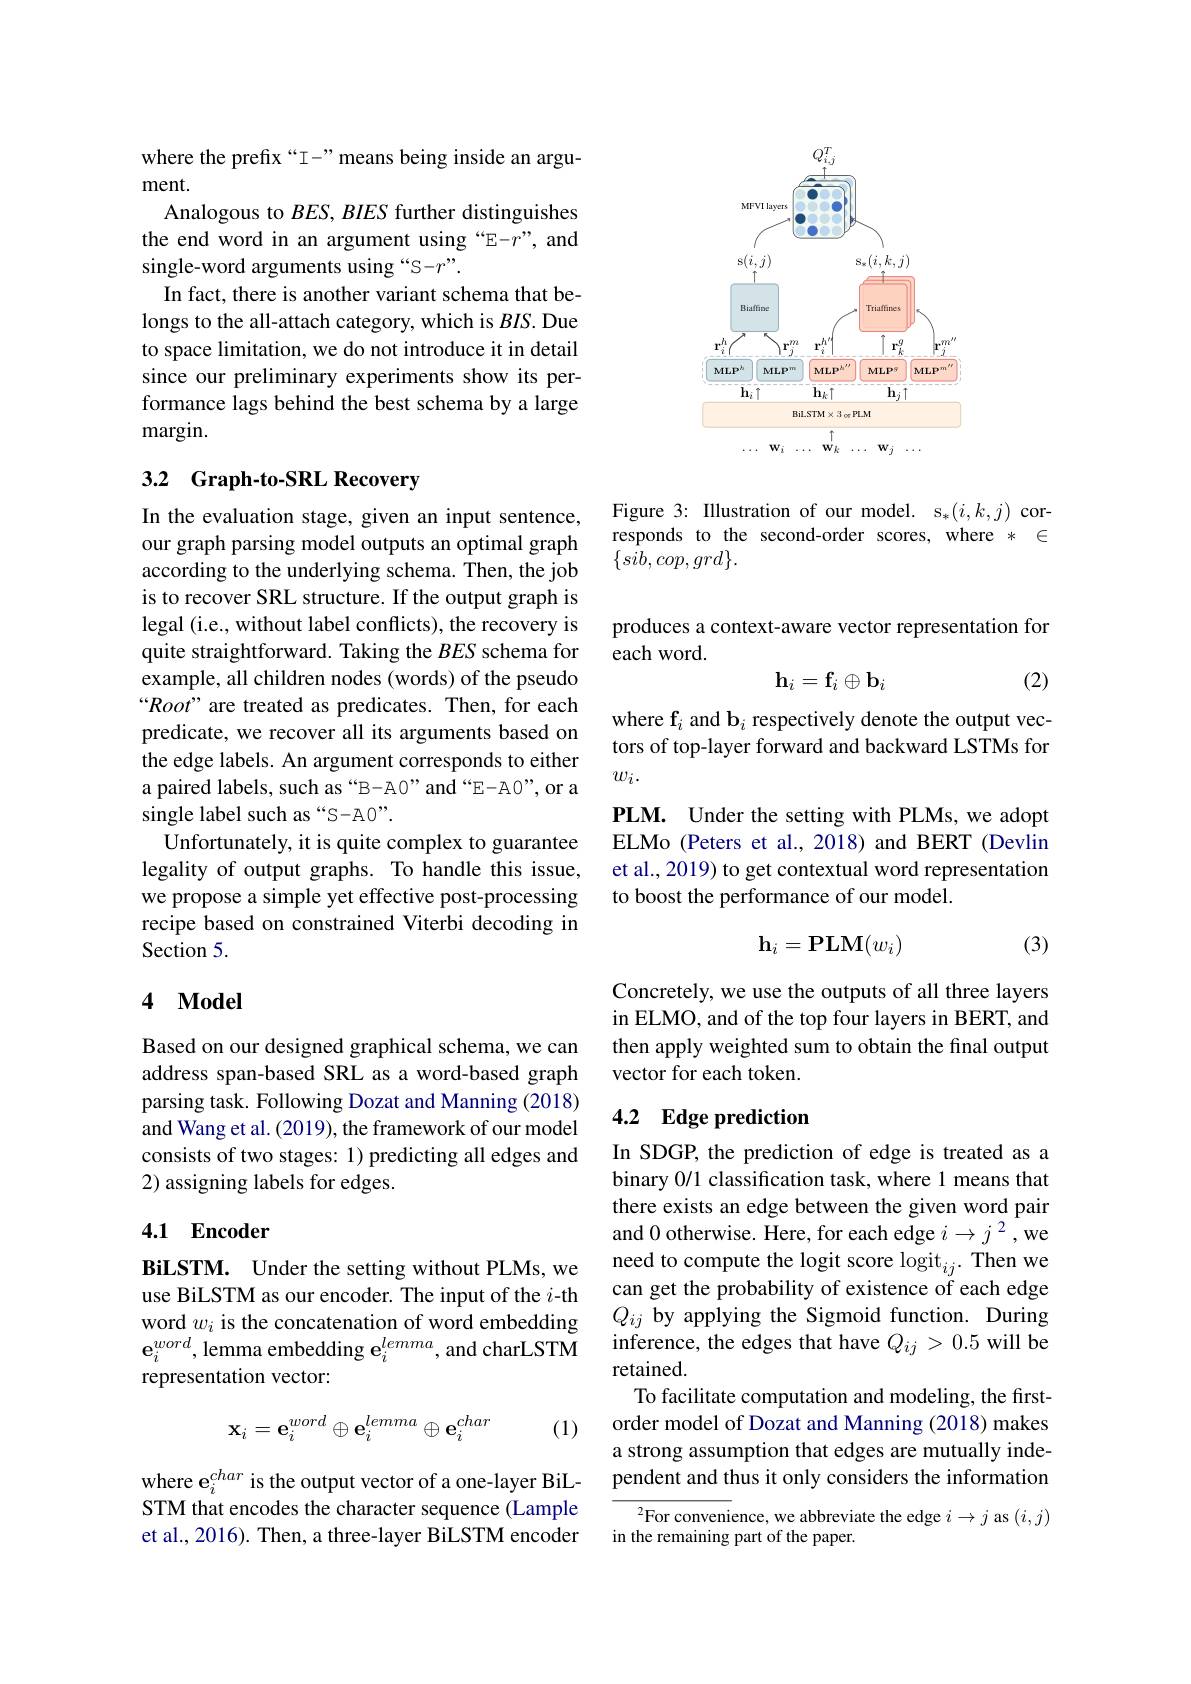
where the prefix“I-”means being inside an argu-
ment.
Analogous to $BES,BIES$ further distinguishes the end word in an argument using “E-r”, and single-word arguments using “S-r”.
In fact, there is another variant schema that belongs to the all-attach category, which is $BIS.$ Due to space limitation, we do not introduce it in detail since our preliminary experiments show its performance lags behind the best schema by a large margin.

# 3.2 Graph-to-SRL Recovery

In the evaluation stage, given an input sentence, our graph parsing model outputs an optimal graph according to the underlying schema. Then, the job is to recover SRL structure. If the output graph is legal (i.e., without label conflicts), the recovery is quite straightforward. Taking the $BES$ schema for example, all children nodes (words) of the pseudo “Root” are treated as predicates. Then, for each predicate, we recover all its arguments based on the edge labels. An argument corresponds to either a paired labels, such as“B-AO”and“E-AO”, or a single label such as “S-A0”.
Unfortunately, it is quite complex to guarantee legality of output graphs. To handle this issue, we propose a simple yet effective post-processing recipe based on constrained Viterbi decoding in Section 5.

## 4 $\mathbf{Model}$

Based on our designed graphical schema, we can address span-based SRL as a word-based graph parsing task. Following Dozat and Manning (2018) and Wang et al. (2019), the framework of our model consists of two stages: 1) predicting all edges and 2) assigning labels for edges.

## 4.1 Encoder

BiLSTM. Under the setting without PLMs, we use BiLSTM as our encoder. The input of the $i$-th word $w_i$ is the concatenation of word embedding $\mathbf{e}_{i}^{word}$, lemma embedding $\mathbf{e}_i^lemma$, and charLSTM representation vector:
$$\mathbf{x}_i=\mathbf{e}_i^{word}\oplus\mathbf{e}_i^{lemma}\oplus\mathbf{e}_i^{char}$$
(1)

where $\mathbf{e}_i^{char}$ is the output vector of a one-layer BiLSTM that encodes the character sequence (Lample et al., 2016). Then, a three-layer BiLSTM encoder

<FigureHere>

Figure 3: Illustration of our model. s$_*(i,k,j)$ corresponds to the second-order scores, where $*\in$ $\{s\bar{ib},cop,grd\}.$

produces a context-aware vector representation for
each word.
$$\mathbf{h}_i=\mathbf{f}_i\oplus\mathbf{b}_i$$
(2)

where f$_i$ and b$_i$ respectively denote the output vectors of top-layer forward and backward LSTMs for $w_i.$

PLM. Under the setting with PLMs, we adopt ELMo (Peters et al., 2018) and BERT (Devlin et al., 2019) to get contextual word representation to boost the performance of our model.

(3)
$$\mathbf{h}_i=\mathbf{PLM}(w_i)$$
Concretely, we use the outputs of all three layers in ELMO, and of the top four layers in BERT, and then apply weighted sum to obtain the final output vector for each token.

# 4.2 Edge prediction

In SDGP, the prediction of edge is treated as a binary 0/1 classification task, where 1 means that there exists an edge between the given word pair and 0 otherwise. Here, for each edge $i\to j^2$,we need to compute the logit score logit$_ij.$ Then we can get the probability of existence of each edge $Q_{ij}$ by applying the Sigmoid function. During inference, the edges that have $Q_{ij}>0.5$ will be retained.
To facilitate computation and modeling, the firstorder model of Dozat and Manning (2018) makes a strong assumption that edges are mutually independent and thus it only considers the information

$^{2}$For convenience, we abbreviate the edge $i\to j$ as $(i,j)$
in the remaining part of the paper.